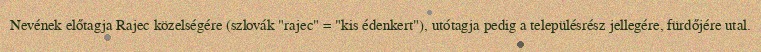
Nevének előtagja Rajec közelségére (szlovák "rajec" = "kis édenkert"), utótagja pedig a településrész jellegére, fürdőjére utal.